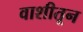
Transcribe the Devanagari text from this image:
वाशीतून